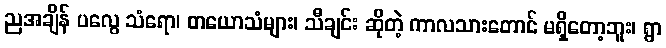
ညအချိန် ပလွေ သံရော၊ တယောသံများ၊ သီချင်း ဆိုတဲ့ ကာလသားတောင် မရှိတော့ဘူး၊ ရွာ